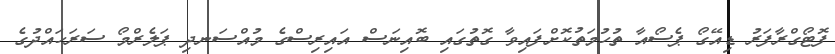
ފޮޓޯގްރާފަރު ޑިއޭގޯ ޕެސޯއާ ތުހުމަތުކޮށްފައިވާ ގޮތުގައި ބޮއިނަސް އައިރިސްގެ މުއްސަނދި ޕަލެރްމޯ ސަރަހައްދުގެ